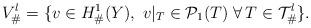
LaTeX: \begin{align*}V_\#^l=\{v\in H^1_\#(Y),\ v|_T\in {\cal P}_1(T)\ \forall\,T\in {\cal T}^l_\#\}.\end{align*}